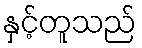
နှင့်တူသည်